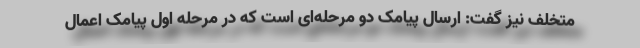
متخلف نیز گفت: ارسال پیامک دو مرحله‌ای است که در مرحله اول پیامک اعمال